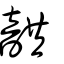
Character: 𩐠